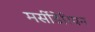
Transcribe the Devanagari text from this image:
मर्सीडेरियन